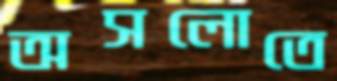
অসলোতে